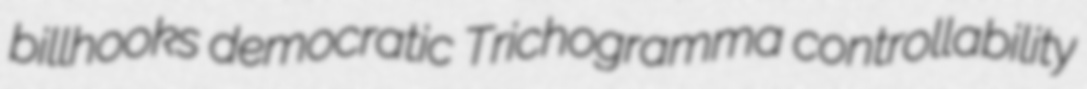
billhooks democratic Trichogramma controllability